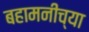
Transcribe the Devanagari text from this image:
बहामनीच्या